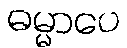
ဓမ္မာပေ